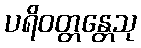
ပရိဝတ္တန္တေသု